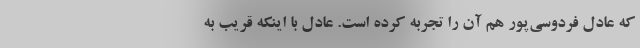
که عادل فردوسی‌پور هم آن را تجربه کرده است. عادل با اینکه قریب به